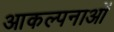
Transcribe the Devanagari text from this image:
आकल्पनाओं